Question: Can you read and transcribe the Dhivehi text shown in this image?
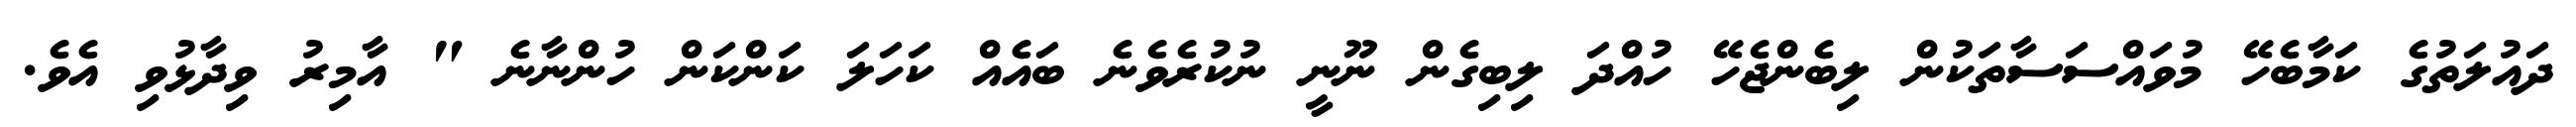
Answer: ދައުލަތުގެ ކަމާބެހޭ މުވައްސަސާތަކުން ލިބެންޖެހޭ ހުއްދަ ލިބިގެން ނޫނީ ނުކުރެވެނެ ބައެއް ކަހަލަ ކަންކަން ހުންނާނެ " އާމިރު ވިދާޅުވި އެވެ.